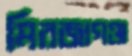
মিরজাগঞ্জ